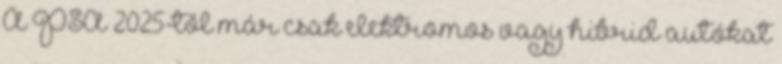
A PSA 2025-től már csak elektromos vagy hibrid autókat